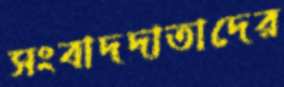
সংবাদদাতাদের